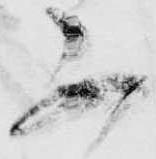
不